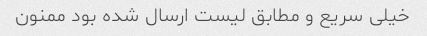
خیلی سریع و مطابق لیست ارسال شده بود ممنون